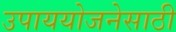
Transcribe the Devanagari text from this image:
उपाययोजनेसाठी